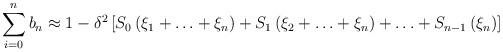
LaTeX: \begin{align*}\sum_{i=0}^{n}b_{n}\approx 1-\delta ^{2}\left[ S_{0}\left( \xi _{1}+\ldots+\xi _{n}\right) +S_{1}\left( \xi _{2}+\ldots +\xi _{n}\right) +\ldots+S_{n-1}\left( \xi _{n}\right) \right] \end{align*}